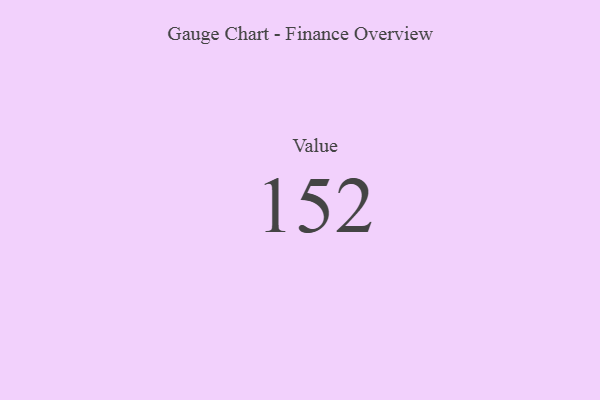
{"axis": {"x": "Metric", "y": "Value"}, "legend": [""], "data": [{"x": "Value", "y": 152, "type": ""}]}